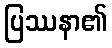
ပြဿနာ၏